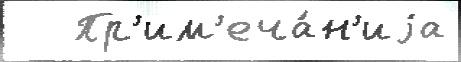
   Пр'им'еча́н'иjа